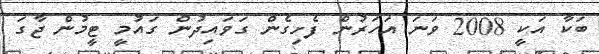
ބަކާ އަކީ 2008 ވަނަ އަހަރުން ފެށިގެން ގަވައިދުން ގައުމީ ޓީމުން ޖާގަ